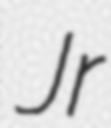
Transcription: Jr